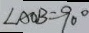
\angle A O B = 9 0 ^ { \circ }